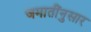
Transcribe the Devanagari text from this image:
जमातींनुसार